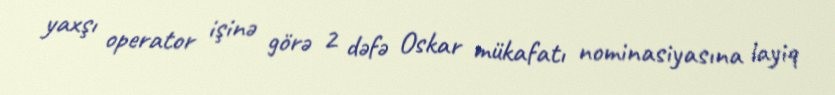
yaxşı operator işinə görə 2 dəfə Oskar mükafatı nominasiyasına layiq